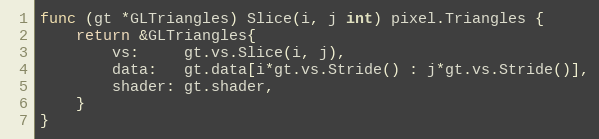
Language: Go
func (gt *GLTriangles) Slice(i, j int) pixel.Triangles {
	return &GLTriangles{
		vs:     gt.vs.Slice(i, j),
		data:   gt.data[i*gt.vs.Stride() : j*gt.vs.Stride()],
		shader: gt.shader,
	}
}